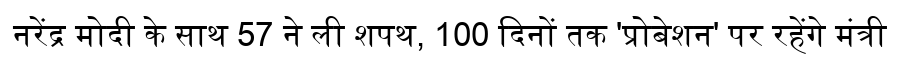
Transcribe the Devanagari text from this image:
नरेंद्र मोदी के साथ 57 ने ली शपथ, 100 दिनों तक 'प्रोबेशन' पर रहेंगे मंत्री